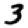
Digit: 3